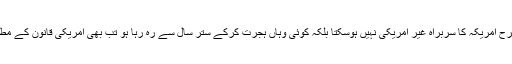
بالکل اسی طرح جس طرح امریکہ کا سربراہ غیر امریکی نہیں ہوسکتا بلکہ کوئی وہاں ہجرت کرکے ستّر سال سے رہ رہا ہو تب بھی امریکی قانون کے مطابق صدر نہیں بن سکتا۔